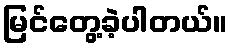
မြင်တွေ့ခဲ့ပါတယ်။